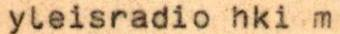
yleisradio hki m